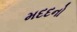
મદદનો